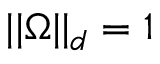
| | \Omega | | _ { d } = 1